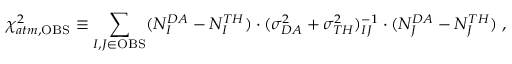
\chi _ { a t m , \mathrm { O B S } } ^ { 2 } \equiv \sum _ { I , J \in { \mathrm { O B S } } } ( N _ { I } ^ { D A } - N _ { I } ^ { T H } ) \cdot ( \sigma _ { D A } ^ { 2 } + \sigma _ { T H } ^ { 2 } ) _ { I J } ^ { - 1 } \cdot ( N _ { J } ^ { D A } - N _ { J } ^ { T H } ) \; ,